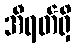
အီရတ်ရှိ